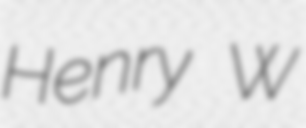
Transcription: Henry W